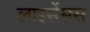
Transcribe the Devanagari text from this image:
लाइसेंसस